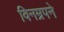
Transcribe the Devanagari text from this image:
विनम्रपने